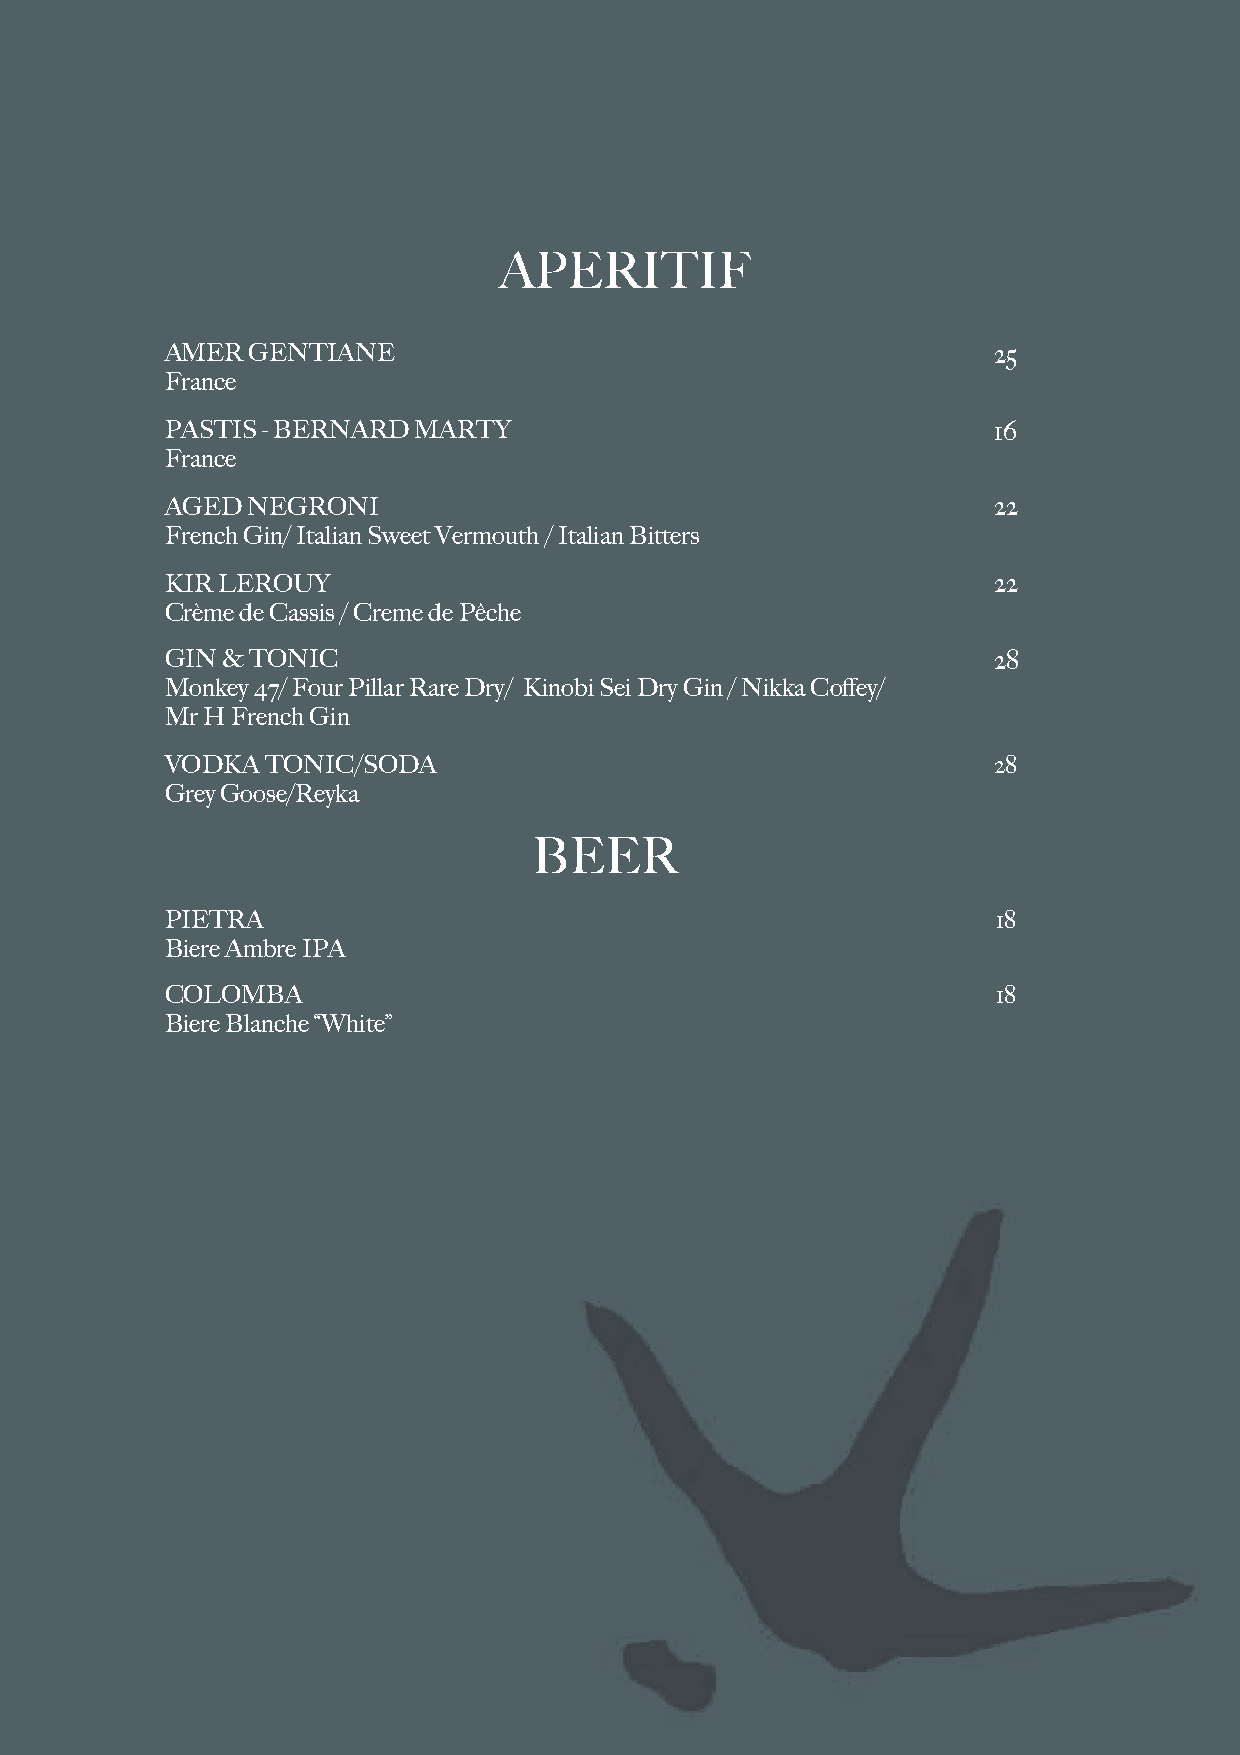
APERITIF
 AMER GENTIANE                                          25
 France
 PASTIS - BERNARD MARTY                                 16
 France
 AGED NEGRONI                                           22
 French Gin/ Italian Sweet Vermouth / Italian Bitters
 KIR LEROUY                                             22
 Crème de Cassis / Creme de Pêche
 GIN & TONIC                                            28
 Monkey 47/ Four Pillar Rare Dry/ Kinobi Sei Dry Gin / Nikka Coffey/
 Mr H French Gin
 VODKA  TONIC/SODA                                      28
 Grey Goose/Reyka
 BEER
 PIETRA                                                 18
 Biere Ambre IPA
 COLOMBA                                                18
 Biere Blanche “White”